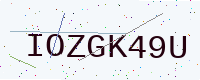
Text: IOZGK49U